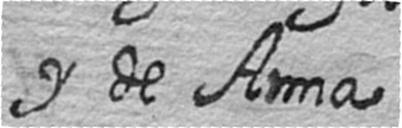
y de Anna